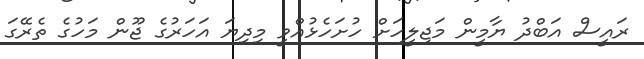
ރައީސް އަބްދު ޔާމީން މަޖިލީހަށް ހުށަހެޅުއްވީ މިދިޔަ އަހަރުގެ ޖޫން މަހުގެ ތެރޭގަ